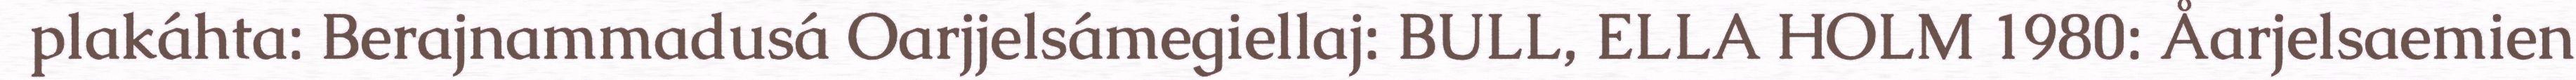
plakáhta: Berajnammadusá Oarjjelsámegiellaj: BULL, ELLA HOLM 1980: Åarjelsaemien